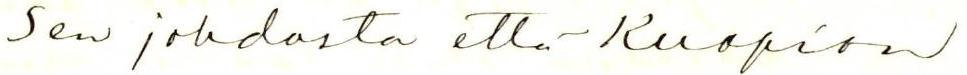
Sen johdosta että Kuopion